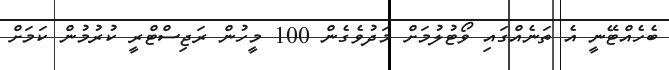
ބެހެއްޓޭނީ އެ ތަނެއްގައި ވޯޓުލުމަށް މަދުވެގެން 100 މީހުން ރަޖިސްޓްރީ ކުރުމުން ކަމަށް